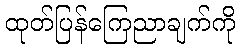
ထုတ်ပြန်ကြေညာချက်ကို